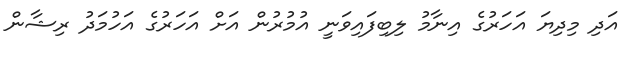
އަދި މިދިޔަ އަހަރުގެ އިނާމު ލިބިފައިވަނީ އުމުރުން އަށް އަހަރުގެ އަހުމަދު ރިޝާން